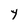
Character: y